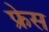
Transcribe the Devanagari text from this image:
फ्रेस